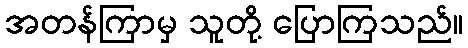
အတန်ကြာမှ သူတို့ ပြောကြသည်။